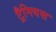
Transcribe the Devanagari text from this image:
ट्रैनियस